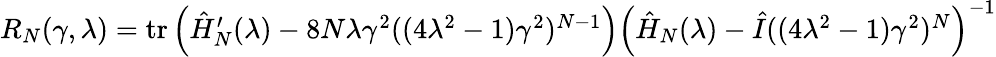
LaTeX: \begin{array}{r}{R_{N}(\gamma,\lambda)=\mathrm{tr}\, {\left(\hat{H}_{N}^{\prime}(\lambda)-8N\lambda\gamma^{2}((4\lambda^{2}-1)\gamma^{2})^{N-1}\right)\left(\hat{H}_{N}(\lambda)-\hat{I}((4\lambda^{2}-1)\gamma^{2})^{N}\right)^{-1}}}\end{array}